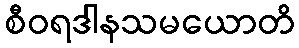
စီဝရဒါနသမယောတိ